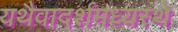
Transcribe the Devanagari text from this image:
यथैवादर्शमध्यस्थे